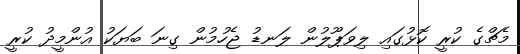
މެޗްގެ ކުރީ ކޮޅުގައި ލިވަޕޫލުން ލަނޑު ޖެހުމުން ގިނަ ބަޔަކު އުންމީދު ކުރީ